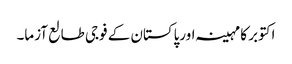
اکتوبر کا مہینہ اورپاکستان کے فوجی طالع آزما۔